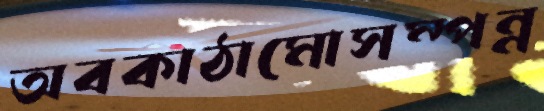
অবকাঠামোসম্পন্ন